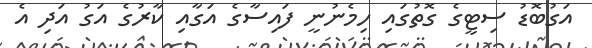
އަގުބޮޑު ސިޓީގެ ގޮތުގައި ހިމެނުނީ ފައިސާގެ އަގާއި ކާރުގެ އަގު އަދި އެ